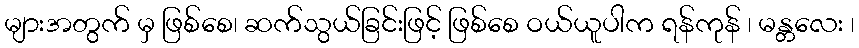
များအတွက် မှ ဖြစ်စေ၊ ဆက်သွယ်ခြင်းဖြင့် ဖြစ်စေ ဝယ်ယူပါက ရန်ကုန် ၊ မန္တလေး ၊